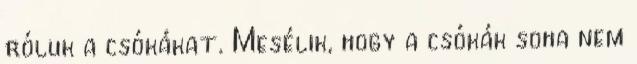
róluk a csókákat. Mesélik, hogy a csókák soha nem